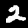
Label: 2